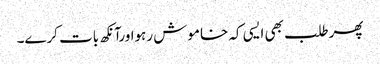
پھرطلب بھی ایسی کہ خاموش رہواورآنکھ بات کرے۔